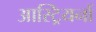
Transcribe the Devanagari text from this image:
आस्ट्रियनों